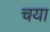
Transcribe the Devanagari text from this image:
चया